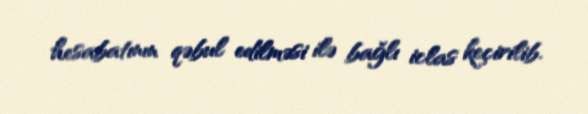
hesabatının qəbul edilməsi ilə bağlı iclas keçirilib.